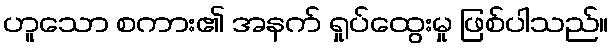
ဟူသော စကား၏ အနက် ရှုပ်ထွေးမှု ဖြစ်ပါသည်။